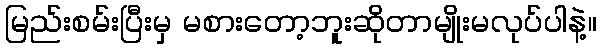
မြည်းစမ်းပြီးမှ မစားတော့ဘူးဆိုတာမျိုးမလုပ်ပါနဲ့။